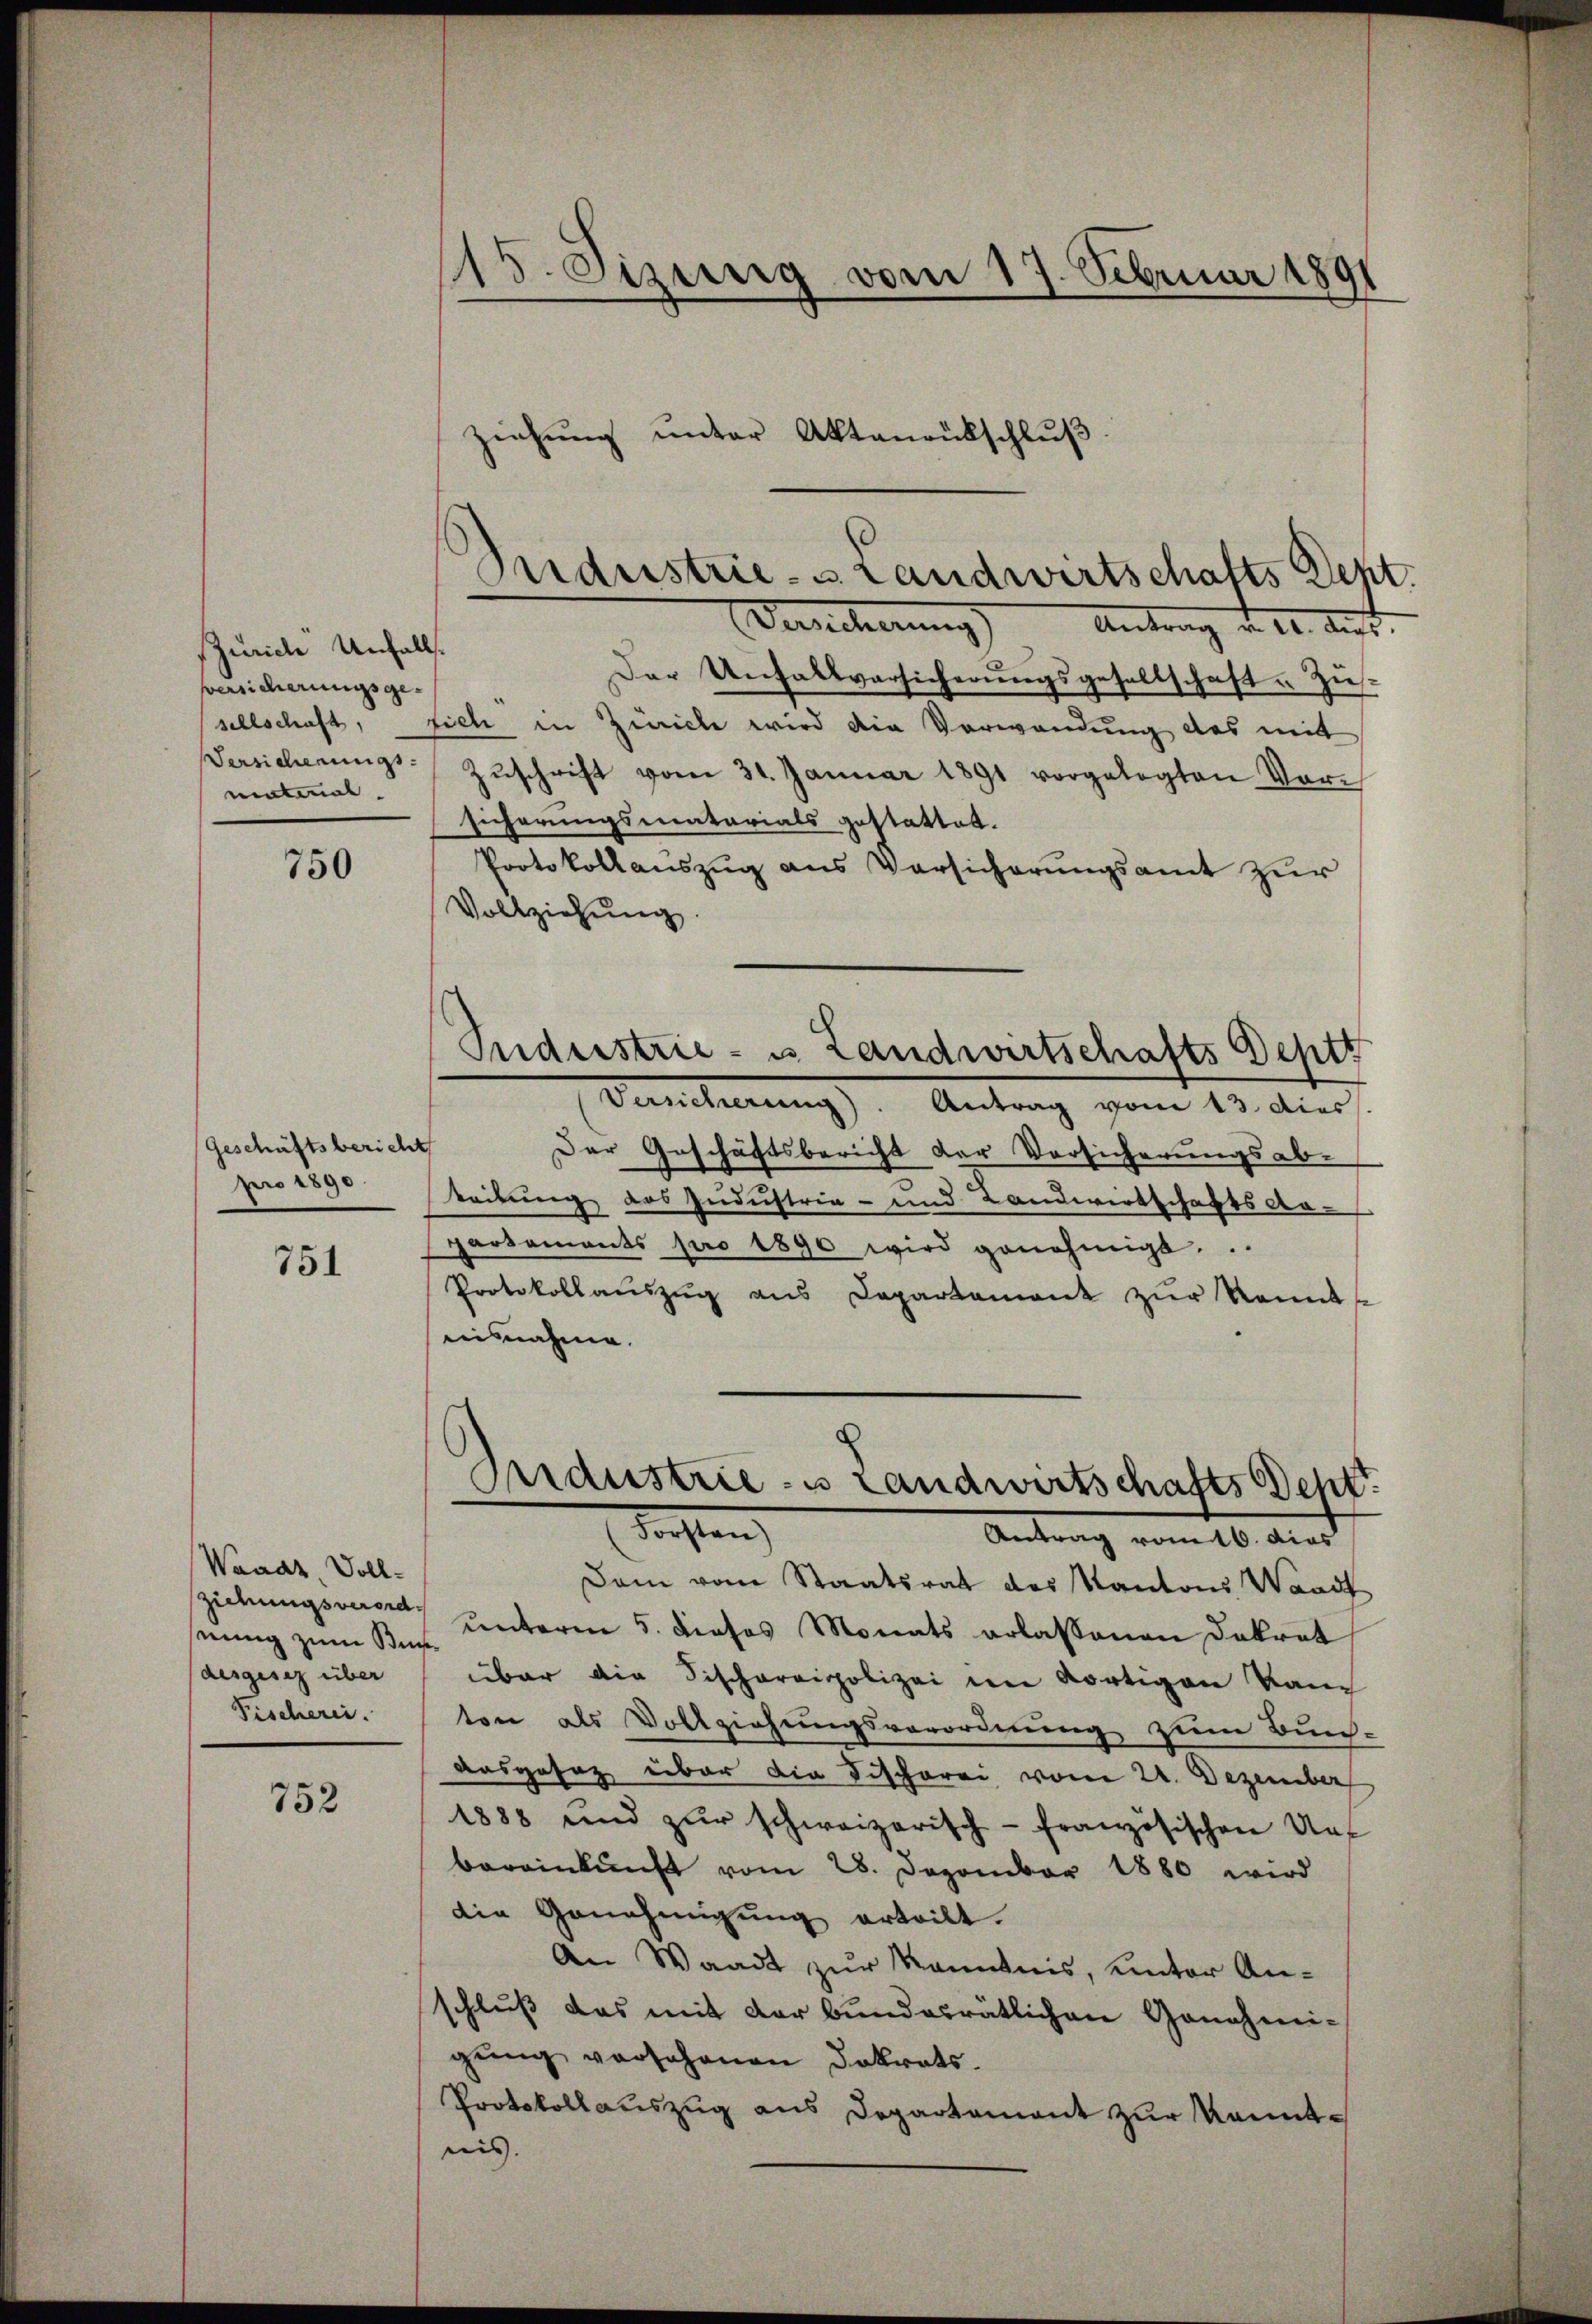
Zürich Unfalls.
Versicherungsge¬
Versicherungs-
matinal.

750

Geschäftsbericht
pro 1890.

751

Waadt, Vollziehungsverordeung zum Bundesgesez über
Fischerie.

752

15. Jizung vom 17. Februar 1891

ziehung unter Aktenrütschluß.
Industrie- u. Landwirtschafts Dept.
Dencherung) Antrag d. 10. Auft

Der Unfallversicherungsgesellschaft u. Zussellschaft, sich in Zürich wird die Verwandung des mit
Zŭschrift vom 31. Januar 1891 vorgelegten Vor-
sicherungsmatarials gestattet.
Protokollauszug aus Versicherungsamt zur
Vollziehŭng.
Industrie - es Landwirtschafts Deptt
Versicherung). Antrag vom 13. Dies
¬
Der Geschäftsbericht der Vorsicherungsableitung des Judustria- und Landwirtschafts Ar-
partements pro 1890 wird genehmigt.
Protokollauszug aus Departement zŭr Sonnte
ausnahme.
Pridustrie-is Landwirtschafts Seht

darsten
Antrag vom 16. dies

Dam vom Staatsrat des Kantons Waadt
unterm 5. dieses Monats erlassenen Dekret
über die Fischareipolizei in dortigen kam
ton als Vollziehungsverordnung zum Buch-
Ausgesaz über die Fischerei vom 21. Dezember
1888 und zŭr schweizerisch-französischen Unt
bereinkunft vom 28. Dezember 1880 wird
die Genehmigŭng erteilt.
An Waadt zur Kenntnis, unter Anschluß das mit der bundesrätlichen Genehmigung vorschenen Dokrats.
Protokollauszug aus Departement zur Kenntris. |